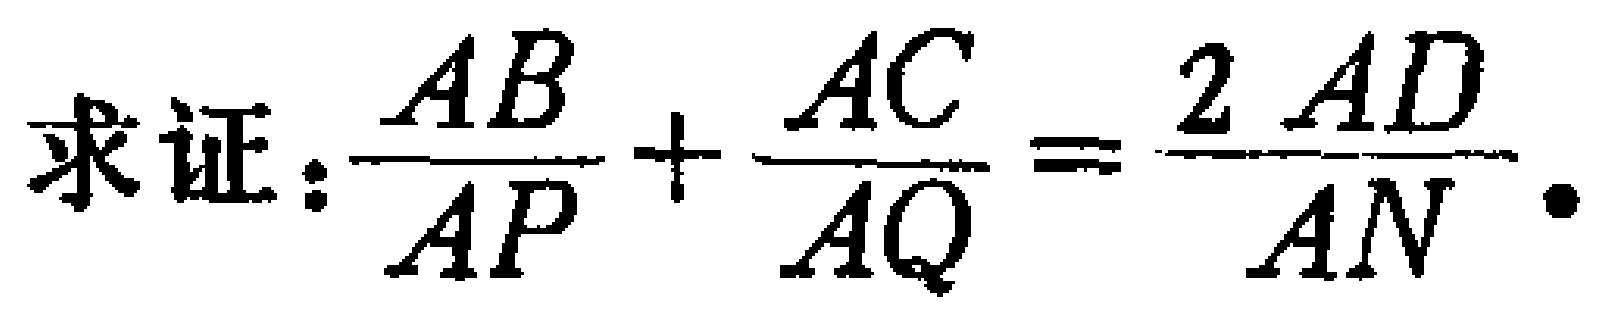
求证：\(\frac{AB}{AP}+\frac{AC}{AQ}=\frac{2AD}{AN}\)